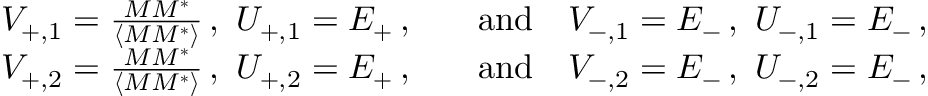
\begin{array} { r l } { V _ { + , 1 } = \frac { M M ^ { * } } { \langle M M ^ { * } \rangle } \, , \ U _ { + , 1 } = E _ { + } \, , \quad } & { \mathrm { a n d } \quad V _ { - , 1 } = E _ { - } \, , \ U _ { - , 1 } = E _ { - } \, , } \\ { V _ { + , 2 } = \frac { M M ^ { * } } { \langle M M ^ { * } \rangle } \, , \ U _ { + , 2 } = E _ { + } \, , \quad } & { \mathrm { a n d } \quad V _ { - , 2 } = E _ { - } \, , \ U _ { - , 2 } = E _ { - } \, , } \end{array}